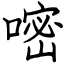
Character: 嘧